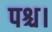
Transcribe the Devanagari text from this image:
पश्च।